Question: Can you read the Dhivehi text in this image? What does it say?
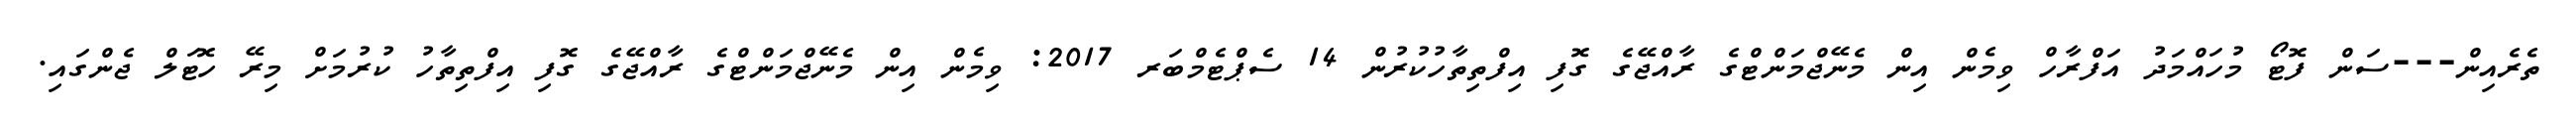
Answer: ތެރެއިން---ސަން ފޮޓޯ މުހައްމަދު އަފްރާހް ވިމެން އިން މެނޭޖްމަންޓްގެ ރާއްޖޭގެ ގޮފި އިފްތިތާހުކުރުން 14 ސެޕްޓެމްބަރ 2017: ވިމެން އިން މެނޭޖްމަންޓްގެ ރާއްޖޭގެ ގޮފި އިފްތިތާހު ކުރުމަށް މިރޭ ހޮޓަލް ޖެންގައި.